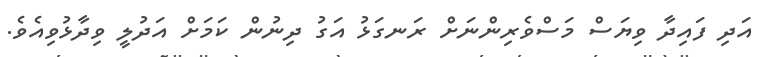
އަދި ފައިދާ ވިޔަސް މަސްވެރިންނަށް ރަނގަޅު އަގު ދިނުން ކަމަށް އަދުލީ ވިދާޅުވިއެވެ.